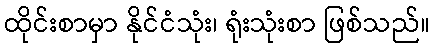
ထိုင်းစာမှာ နိုင်ငံသုံး၊ ရုံးသုံးစာ ဖြစ်သည်။